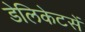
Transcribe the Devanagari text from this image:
डेलिकेटसें